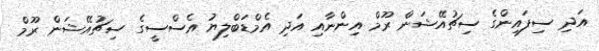
އަދި ސިފައިންގެ ސިޗުއޭޝަން ރޫމް އިންނާއި އަދި އެމްޑަބްލިޔު އެސްސީގެ ސިޗުއޭޝަން ރޫމް